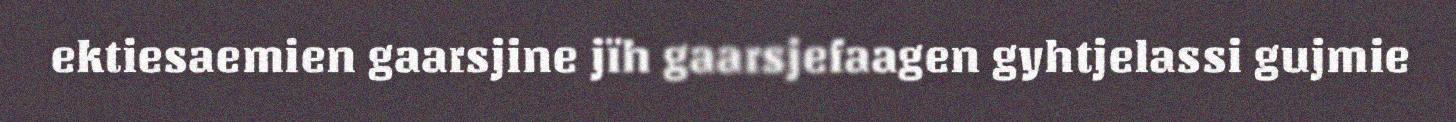
ektiesaemien gaarsjine jïh gaarsjefaagen gyhtjelassi gujmie